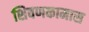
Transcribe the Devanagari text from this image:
शिवणकामास